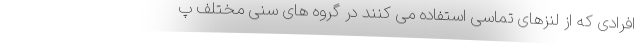
افرادی که از لنزهای تماسی استفاده می کنند در گروه های سنی مختلف پ